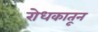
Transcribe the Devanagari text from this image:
रोधकातून